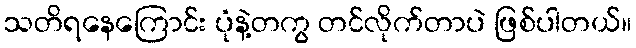
သတိရနေကြောင်း ပုံနဲ့တကွ တင်လိုက်တာပဲ ဖြစ်ပါတယ်။